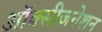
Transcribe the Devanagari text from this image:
ऑक्सीजनेशन